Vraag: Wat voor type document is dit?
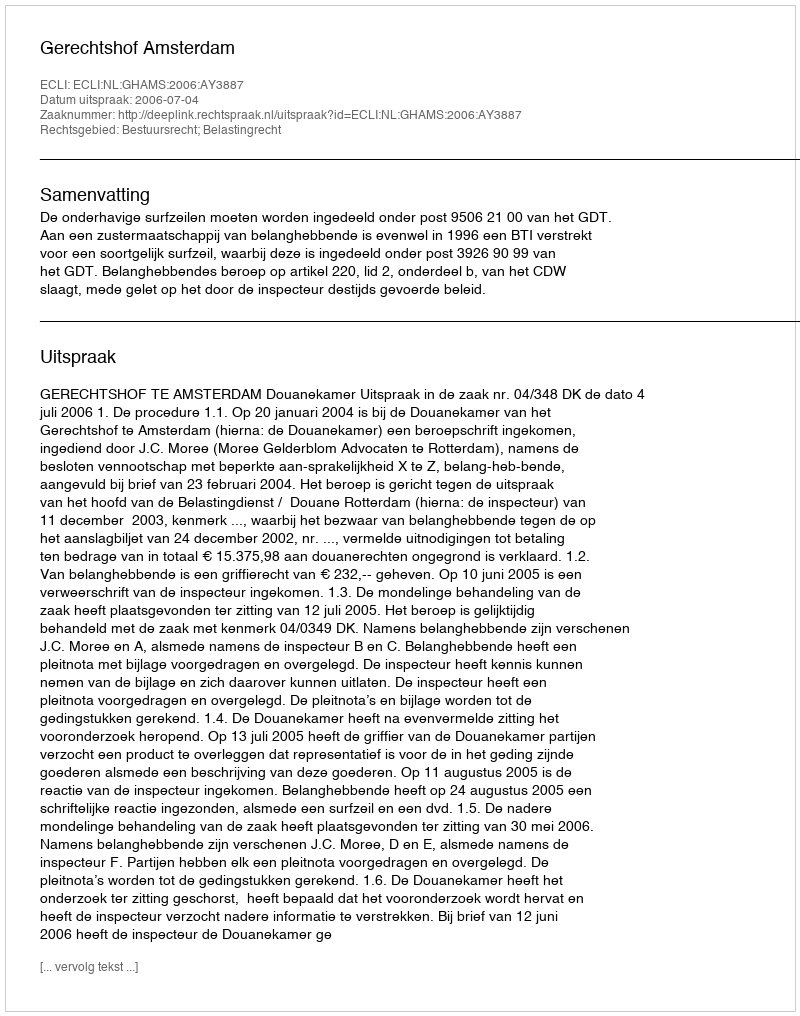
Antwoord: Uitspraak